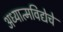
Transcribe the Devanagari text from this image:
अध्यात्मविद्येचे